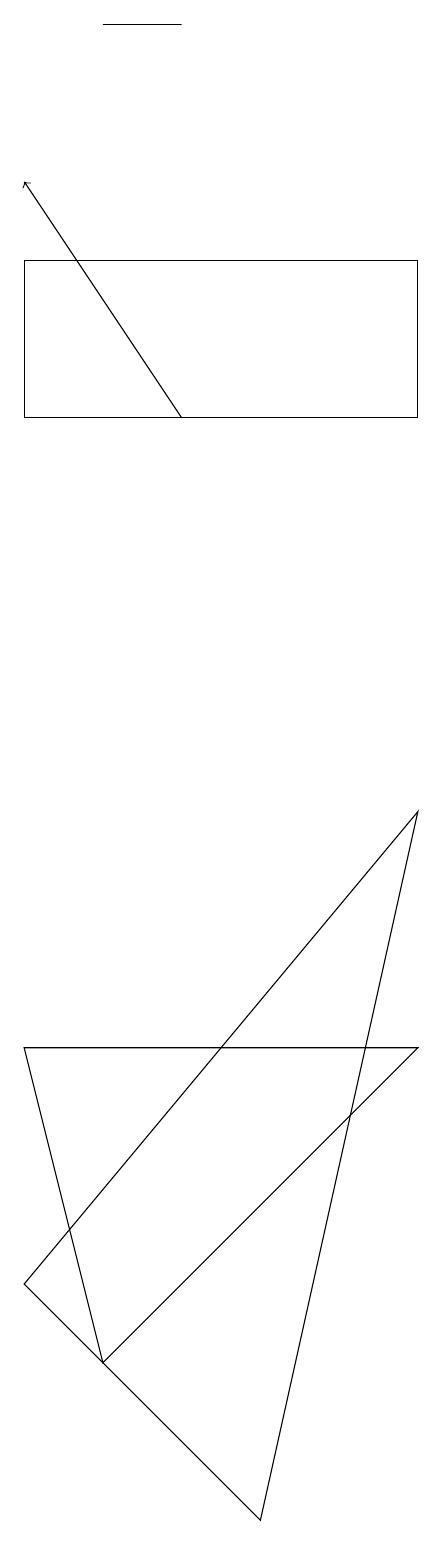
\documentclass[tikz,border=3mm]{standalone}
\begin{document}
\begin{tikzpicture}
\draw (4,3) -- (9,9) -- (7,0) -- cycle;
\draw (4,14) rectangle (9,16);
\draw[->] (6,14) -- (4,17);
\draw (5,19) rectangle (6,19);
\draw (5,2) -- (4,6) -- (9,6) -- cycle;
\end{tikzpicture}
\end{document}